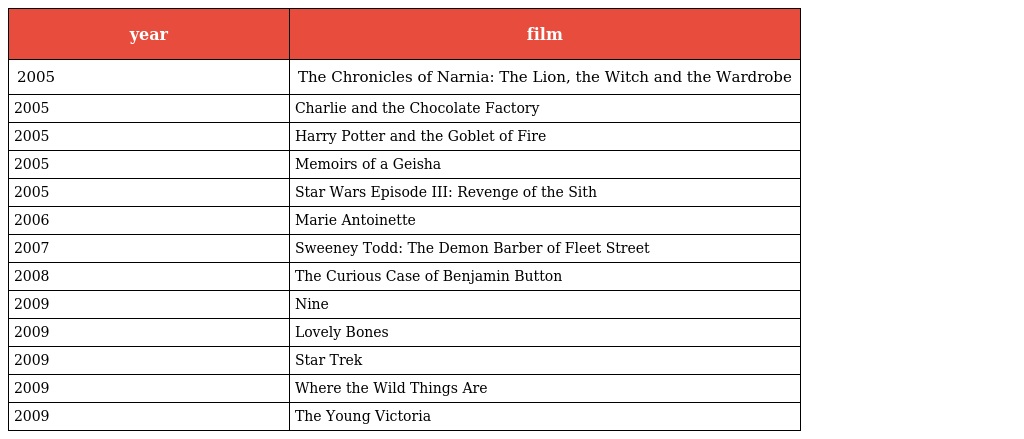
| year | film |
 | --- | --- |
 | 2005 | The Chronicles of Narnia: The Lion, the Witch and the Wardrobe |
 | 2005 | Charlie and the Chocolate Factory |
 | 2005 | Harry Potter and the Goblet of Fire |
 | 2005 | Memoirs of a Geisha |
 | 2005 | Star Wars Episode III: Revenge of the Sith |
 | 2006 | Marie Antoinette |
 | 2007 | Sweeney Todd: The Demon Barber of Fleet Street |
 | 2008 | The Curious Case of Benjamin Button |
 | 2009 | Nine |
 | 2009 | Lovely Bones |
 | 2009 | Star Trek |
 | 2009 | Where the Wild Things Are |
 | 2009 | The Young Victoria |